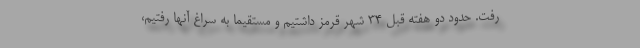
رفت. حدود دو هفته قبل ۳۴ شهر قرمز داشتیم و مستقیما به سراغ آنها رفتیم،